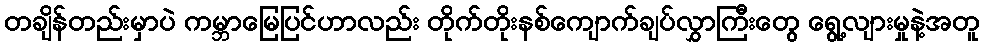
တချိန်တည်းမှာပဲ ကမ္ဘာမြေပြင်ဟာလည်း တိုက်တိုးနစ်ကျောက်ချပ်လွှာကြီးတွေ ရွေ့လျားမှုနဲ့အတူ